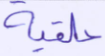
حلقية